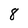
Character: 8